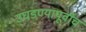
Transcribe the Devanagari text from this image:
उघडण्यापूर्वीच